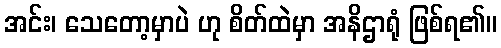
အင်း၊ သေတော့မှာပဲ ဟု စိတ်ထဲမှာ အနိဌာရုံ ဖြစ်ရ၏။